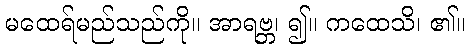
မထေရ်မည်သည်ကို။ အာရဗ္ဘ၊ ၍။ ကထေသိ၊ ၏။